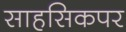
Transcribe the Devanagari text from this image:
साहसिकपर